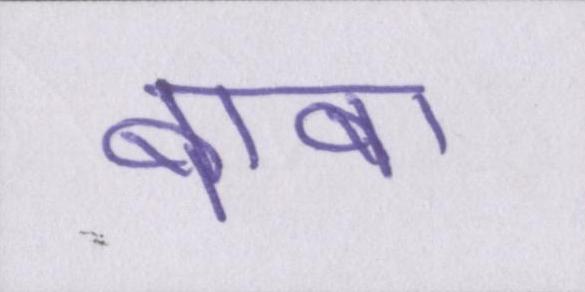
बाबा